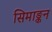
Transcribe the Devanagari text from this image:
सिमाङ्कन